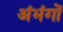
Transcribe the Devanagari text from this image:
अंभंगों